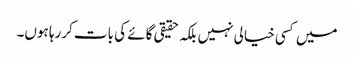
میں کسی خیالی نہیں بلکہ حقیقی گائے کی بات کررہا ہوں۔